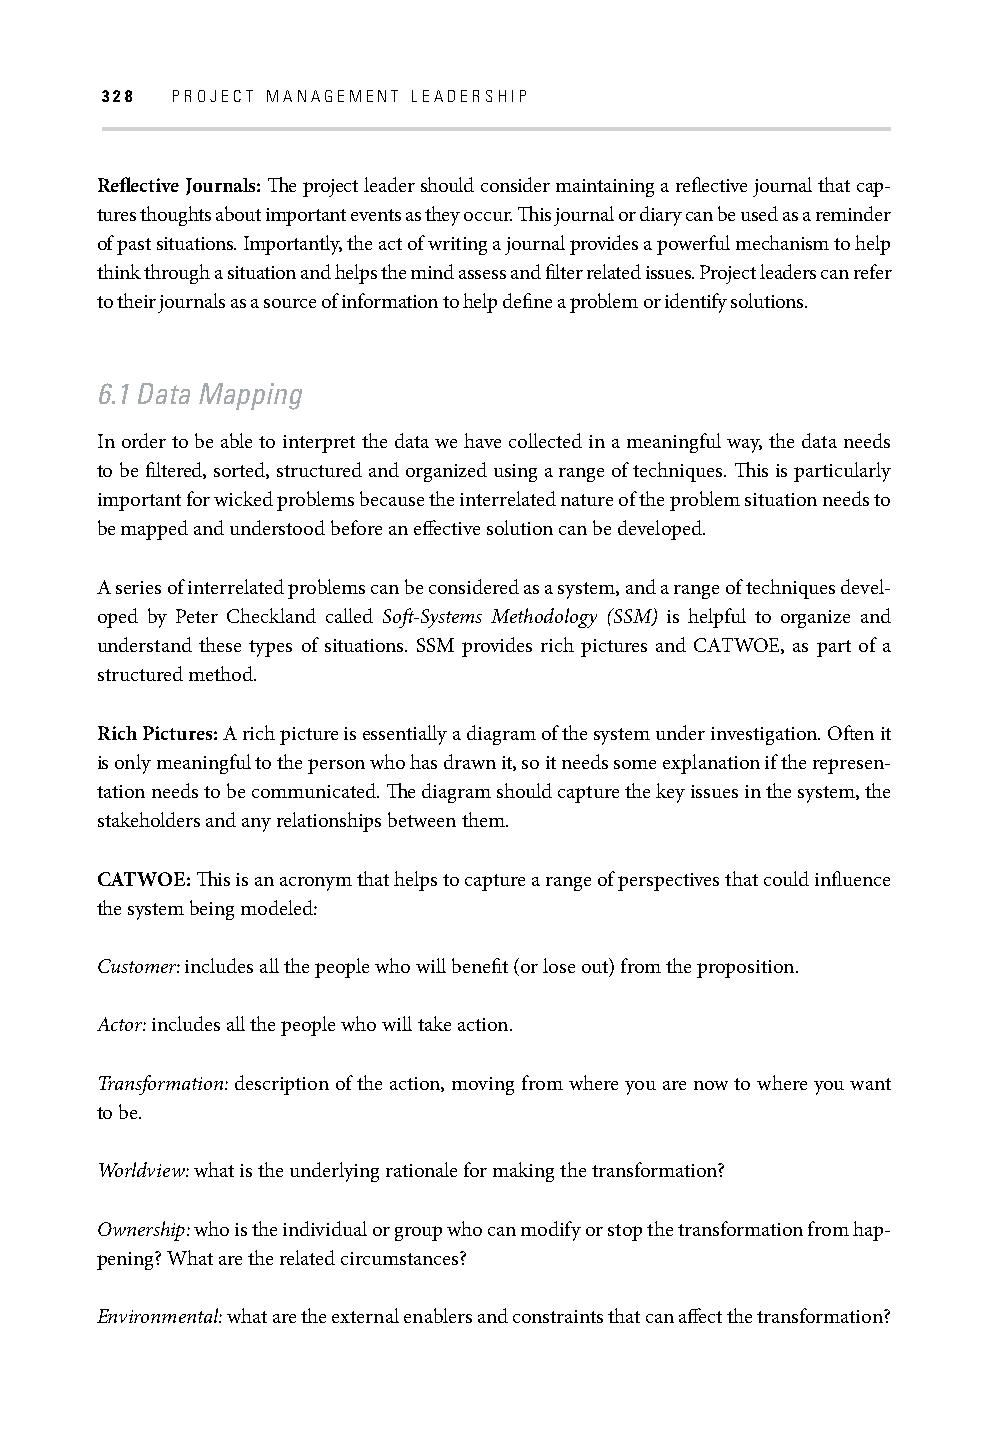
328 PROJECT MANAGEMENT LEADERSHIP
 Refl ective Journals: Th e project leader should consider maintaining a refl ective journal that cap-
 tures thoughts about important events as they occur. Th is journal or diary can be used as a reminder
 of past situations. Importantly, the act of writing a journal provides a powerful mechanism to help
 think through a situation and helps the mind assess and fi lter related issues. Project leaders can refer
 to their journals as a source of information to help defi ne a problem or identify solutions.
 6.1 Data Mapping
 In order to be able to interpret the data we have collected in a meaningful way, the data needs
 to be fi ltered, sorted, structured and organized using a range of techniques. Th is is particularly
 important for wicked problems because the interrelated nature of the problem situation needs to
 be mapped and understood before an eff ective solution can be developed.
 A series of interrelated problems can be considered as a system, and a range of techniques devel-
 oped by Peter Checkland called Soft -Systems Methodology (SSM) is helpful to organize and
 understand these types of situations. SSM provides rich pictures and CATWOE, as part of a
 structured method.
 Rich Pictures: A rich picture is essentially a diagram of the system under investigation. Oft en it
 is only meaningful to the person who has drawn it, so it needs some explanation if the represen-
 tation needs to be communicated. Th e diagram should capture the key issues in the system, the
 stakeholders and any relationships between them.
 CATWOE: Th is is an acronym that helps to capture a range of perspectives that could infl uence
 the system being modeled:
 Customer: includes all the people who will benefi t (or lose out) from the proposition.
 Actor: includes all the people who will take action.
 Transformation: description of the action, moving from where you are now to where you want
 to be.
 Worldview: what is the underlying rationale for making the transformation?
 Ownership: who is the individual or group who can modify or stop the transformation from hap-
 pening? What are the related circumstances?
 Environmental: what are the external enablers and constraints that can aff ect the transformation?